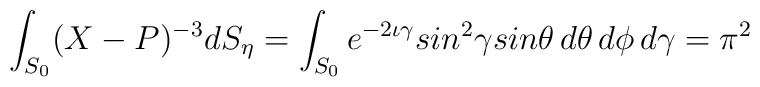
\int_{S_{0}} (X-P)^{-3}dS_{\eta}=\int_{S_{0}}e^{-2\iota\gamma}sin^{2}\gamma sin\theta\, d\theta\, d\phi\, d\gamma=\pi^{2}